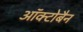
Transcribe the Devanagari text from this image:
ऑक्टोबैन